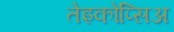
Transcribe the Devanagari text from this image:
तेइकोप्सिअ